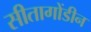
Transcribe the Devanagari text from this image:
सीतागोंडीन